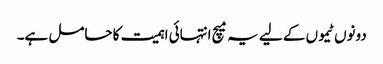
دونوں ٹیموں کے لیے یہ میچ انتہائی اہمیت کا حامل ہے۔